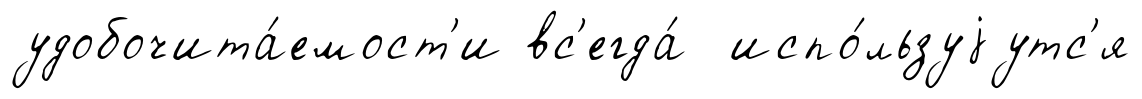
удобочита́емост'и вс'егда́ испо́льзуjутс'я